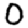
Digit: 0